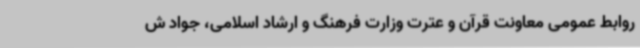
روابط عمومی معاونت قرآن و عترت وزارت فرهنگ و ارشاد اسلامی، جواد ش